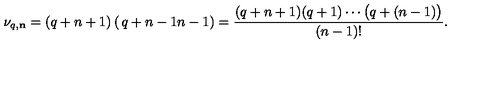
\nu _ { q , { \bf n } } = ( q + n + 1 ) \left( \begin{matrix} { q + n - 1 } \\ { n - 1 } \\ \end{matrix} \right) = { \frac { ( q + n + 1 ) ( q + 1 ) \cdots \bigl ( q + ( n - 1 ) \bigr ) } { ( n - 1 ) ! } } .